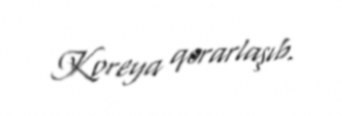
Koreya qərarlaşıb.